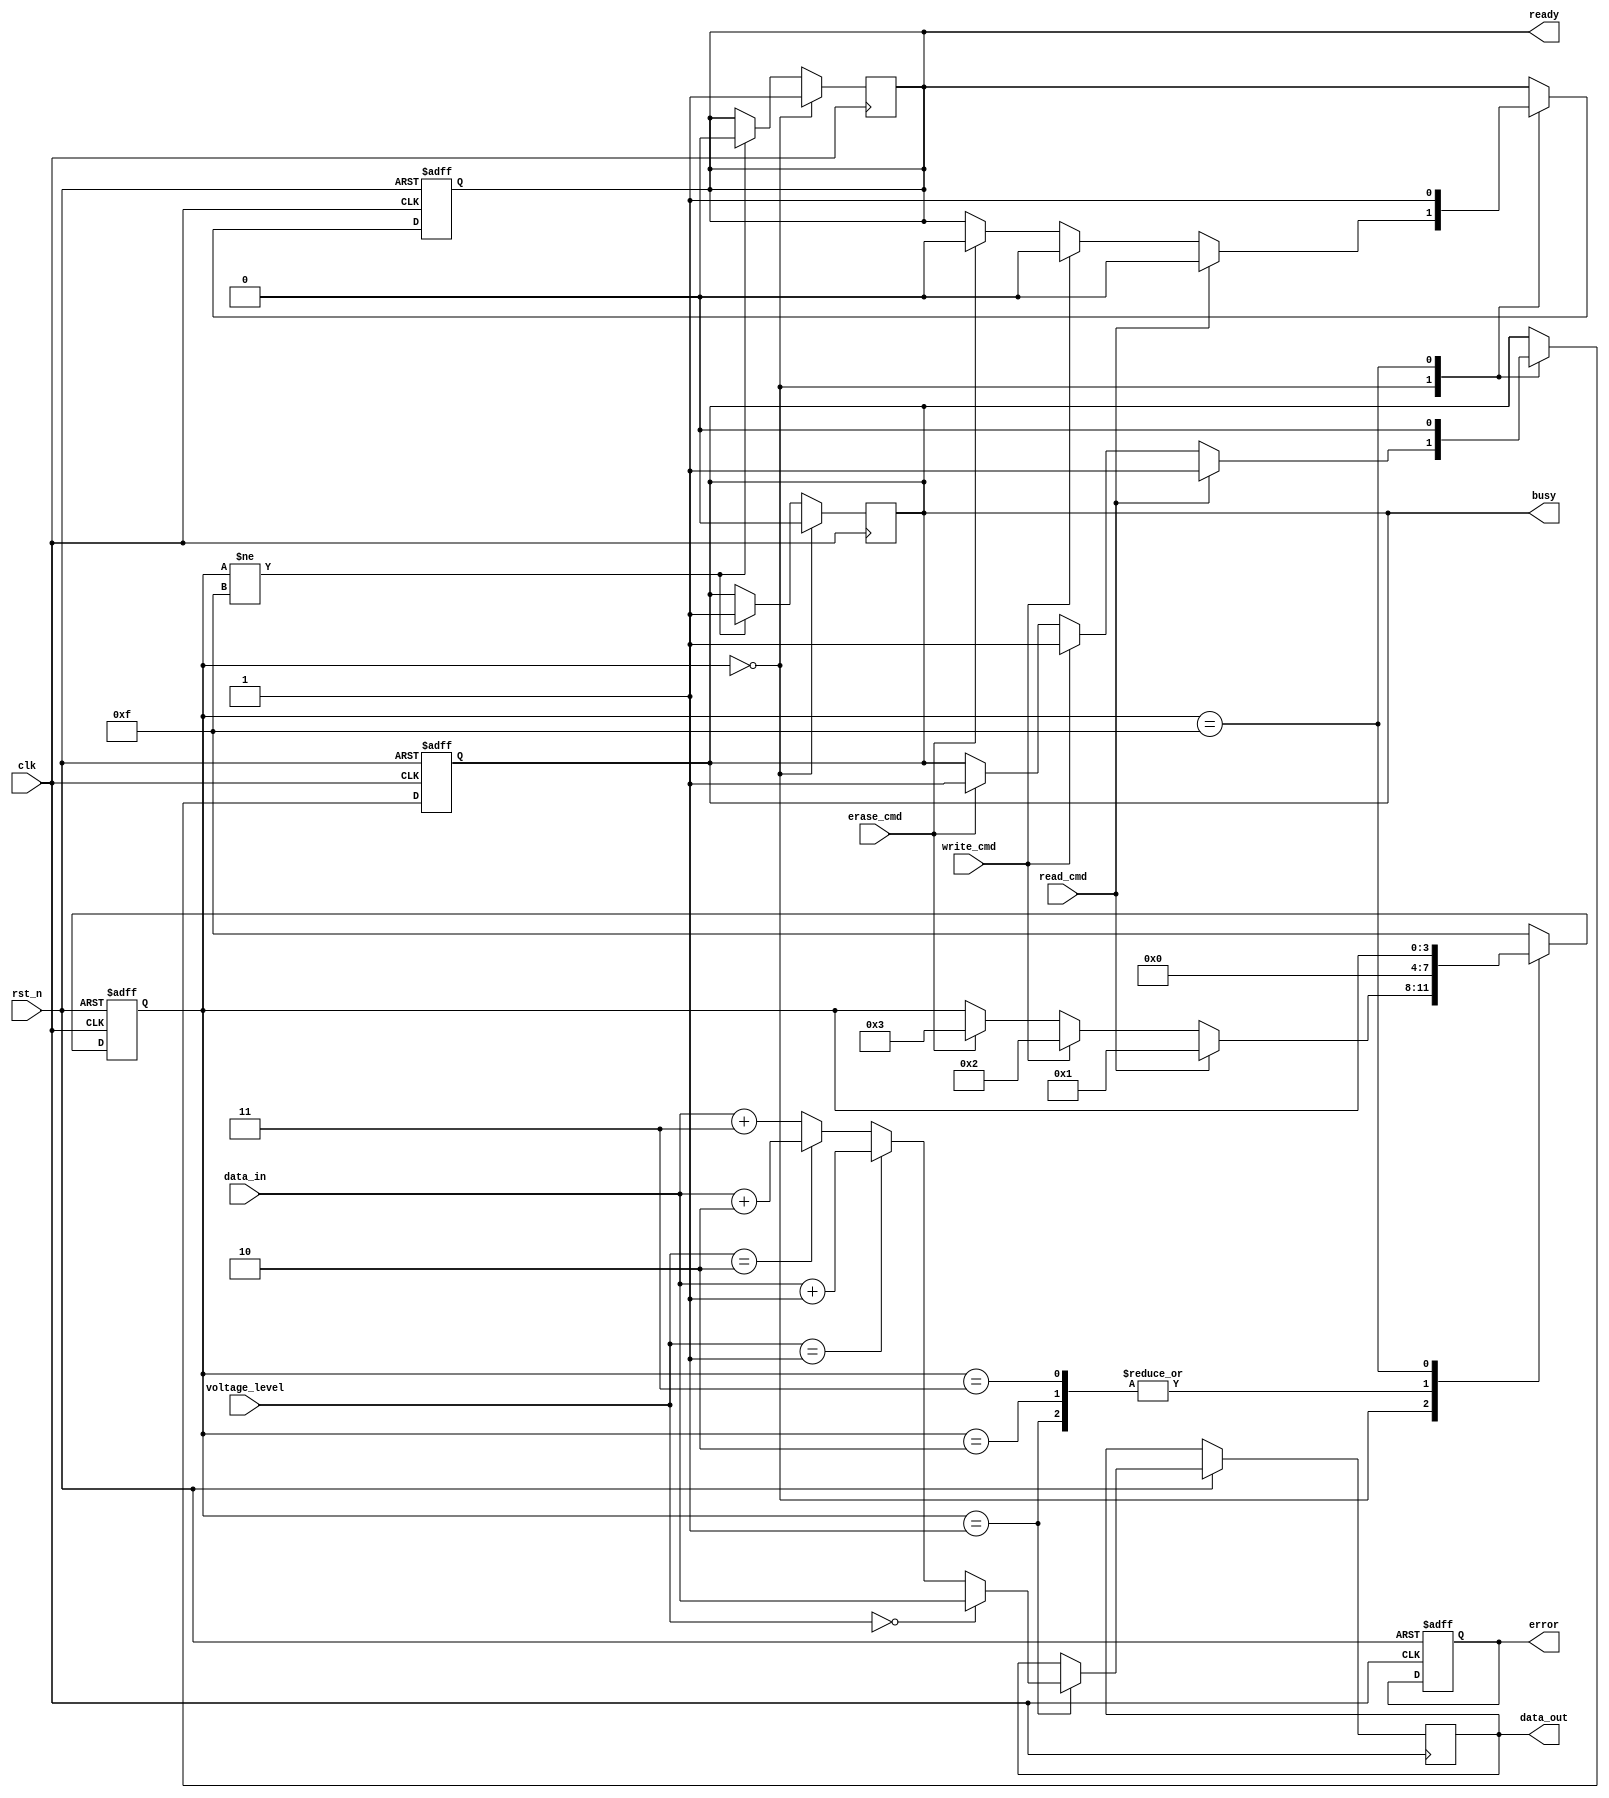
module nand_eeprom_io (
    input wire clk,                // Clock input
    input wire rst_n,              // Active low reset
    input wire [7:0] data_in,      // Data input from external devices
    input wire read_cmd,           // Read command signal
    input wire write_cmd,          // Write command signal
    input wire erase_cmd,          // Erase command signal
    input wire [1:0] voltage_level, // Voltage level selection
    output reg [7:0] data_out,     // Data output to external devices
    output reg busy,               // Busy status signal
    output reg ready,              // Ready status signal
    output reg error               // Error status signal
);

    // Internal states
    reg [7:0] status_reg;          // Status register
    reg [7:0] internal_data;       // Register to hold data during operations
    reg [3:0] state;               // State variable for FSM

    // State encoding
    localparam IDLE       = 4'b0000;
    localparam READ       = 4'b0001;
    localparam WRITE      = 4'b0010;
    localparam ERASE      = 4'b0011;
    localparam ERROR      = 4'b1111;

    // Voltage level shifter (simple case)
    wire [7:0] voltage_shifted_data;
    assign voltage_shifted_data = (voltage_level == 2'b00) ? data_in : 
                                   (voltage_level == 2'b01) ? data_in + 1 : 
                                   (voltage_level == 2'b10) ? data_in + 2 : 
                                   data_in + 3; // Dummy shifting logic

    // Command decoder and state machine
    always @(posedge clk or negedge rst_n) begin
        if (!rst_n) begin
            state <= IDLE;
            busy <= 0;
            ready <= 1;
            error <= 0;
            status_reg <= 8'h00;
        end else begin
            case (state)
                IDLE: begin
                    if (read_cmd) begin
                        state <= READ;
                        busy <= 1;
                        ready <= 0;
                    end else if (write_cmd) begin
                        state <= WRITE;
                        busy <= 1;
                        ready <= 0;
                    end else if (erase_cmd) begin
                        state <= ERASE;
                        busy <= 1;
                        ready <= 0;
                    end
                end

                READ: begin
                    data_out <= voltage_shifted_data; // Output data
                    status_reg <= 8'h01; // Set read status
                    state <= IDLE; // Go back to idle after read
                end

                WRITE: begin
                    internal_data <= voltage_shifted_data; // Capture the data
                    status_reg <= 8'h02; // Set write status
                    state <= IDLE; // Go back to idle after write
                end

                ERASE: begin
                    status_reg <= 8'h03; // Set erase status
                    state <= IDLE; // Go back to idle after erase
                end

                ERROR: begin
                    // Handle error state
                    busy <= 0;
                    ready <= 1;
                end

                default: state <= ERROR; // Go to error state on unknown
            endcase
        end
    end

    // Update busy and ready signals based on operations
    always @(posedge clk) begin
        if (state == IDLE) begin
            busy <= 0;
            ready <= 1;
        end else if (state != ERROR) begin
            busy <= 1;
            ready <= 0;
        end
    end

endmodule